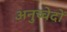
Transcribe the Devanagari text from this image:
अनुच्चेदों